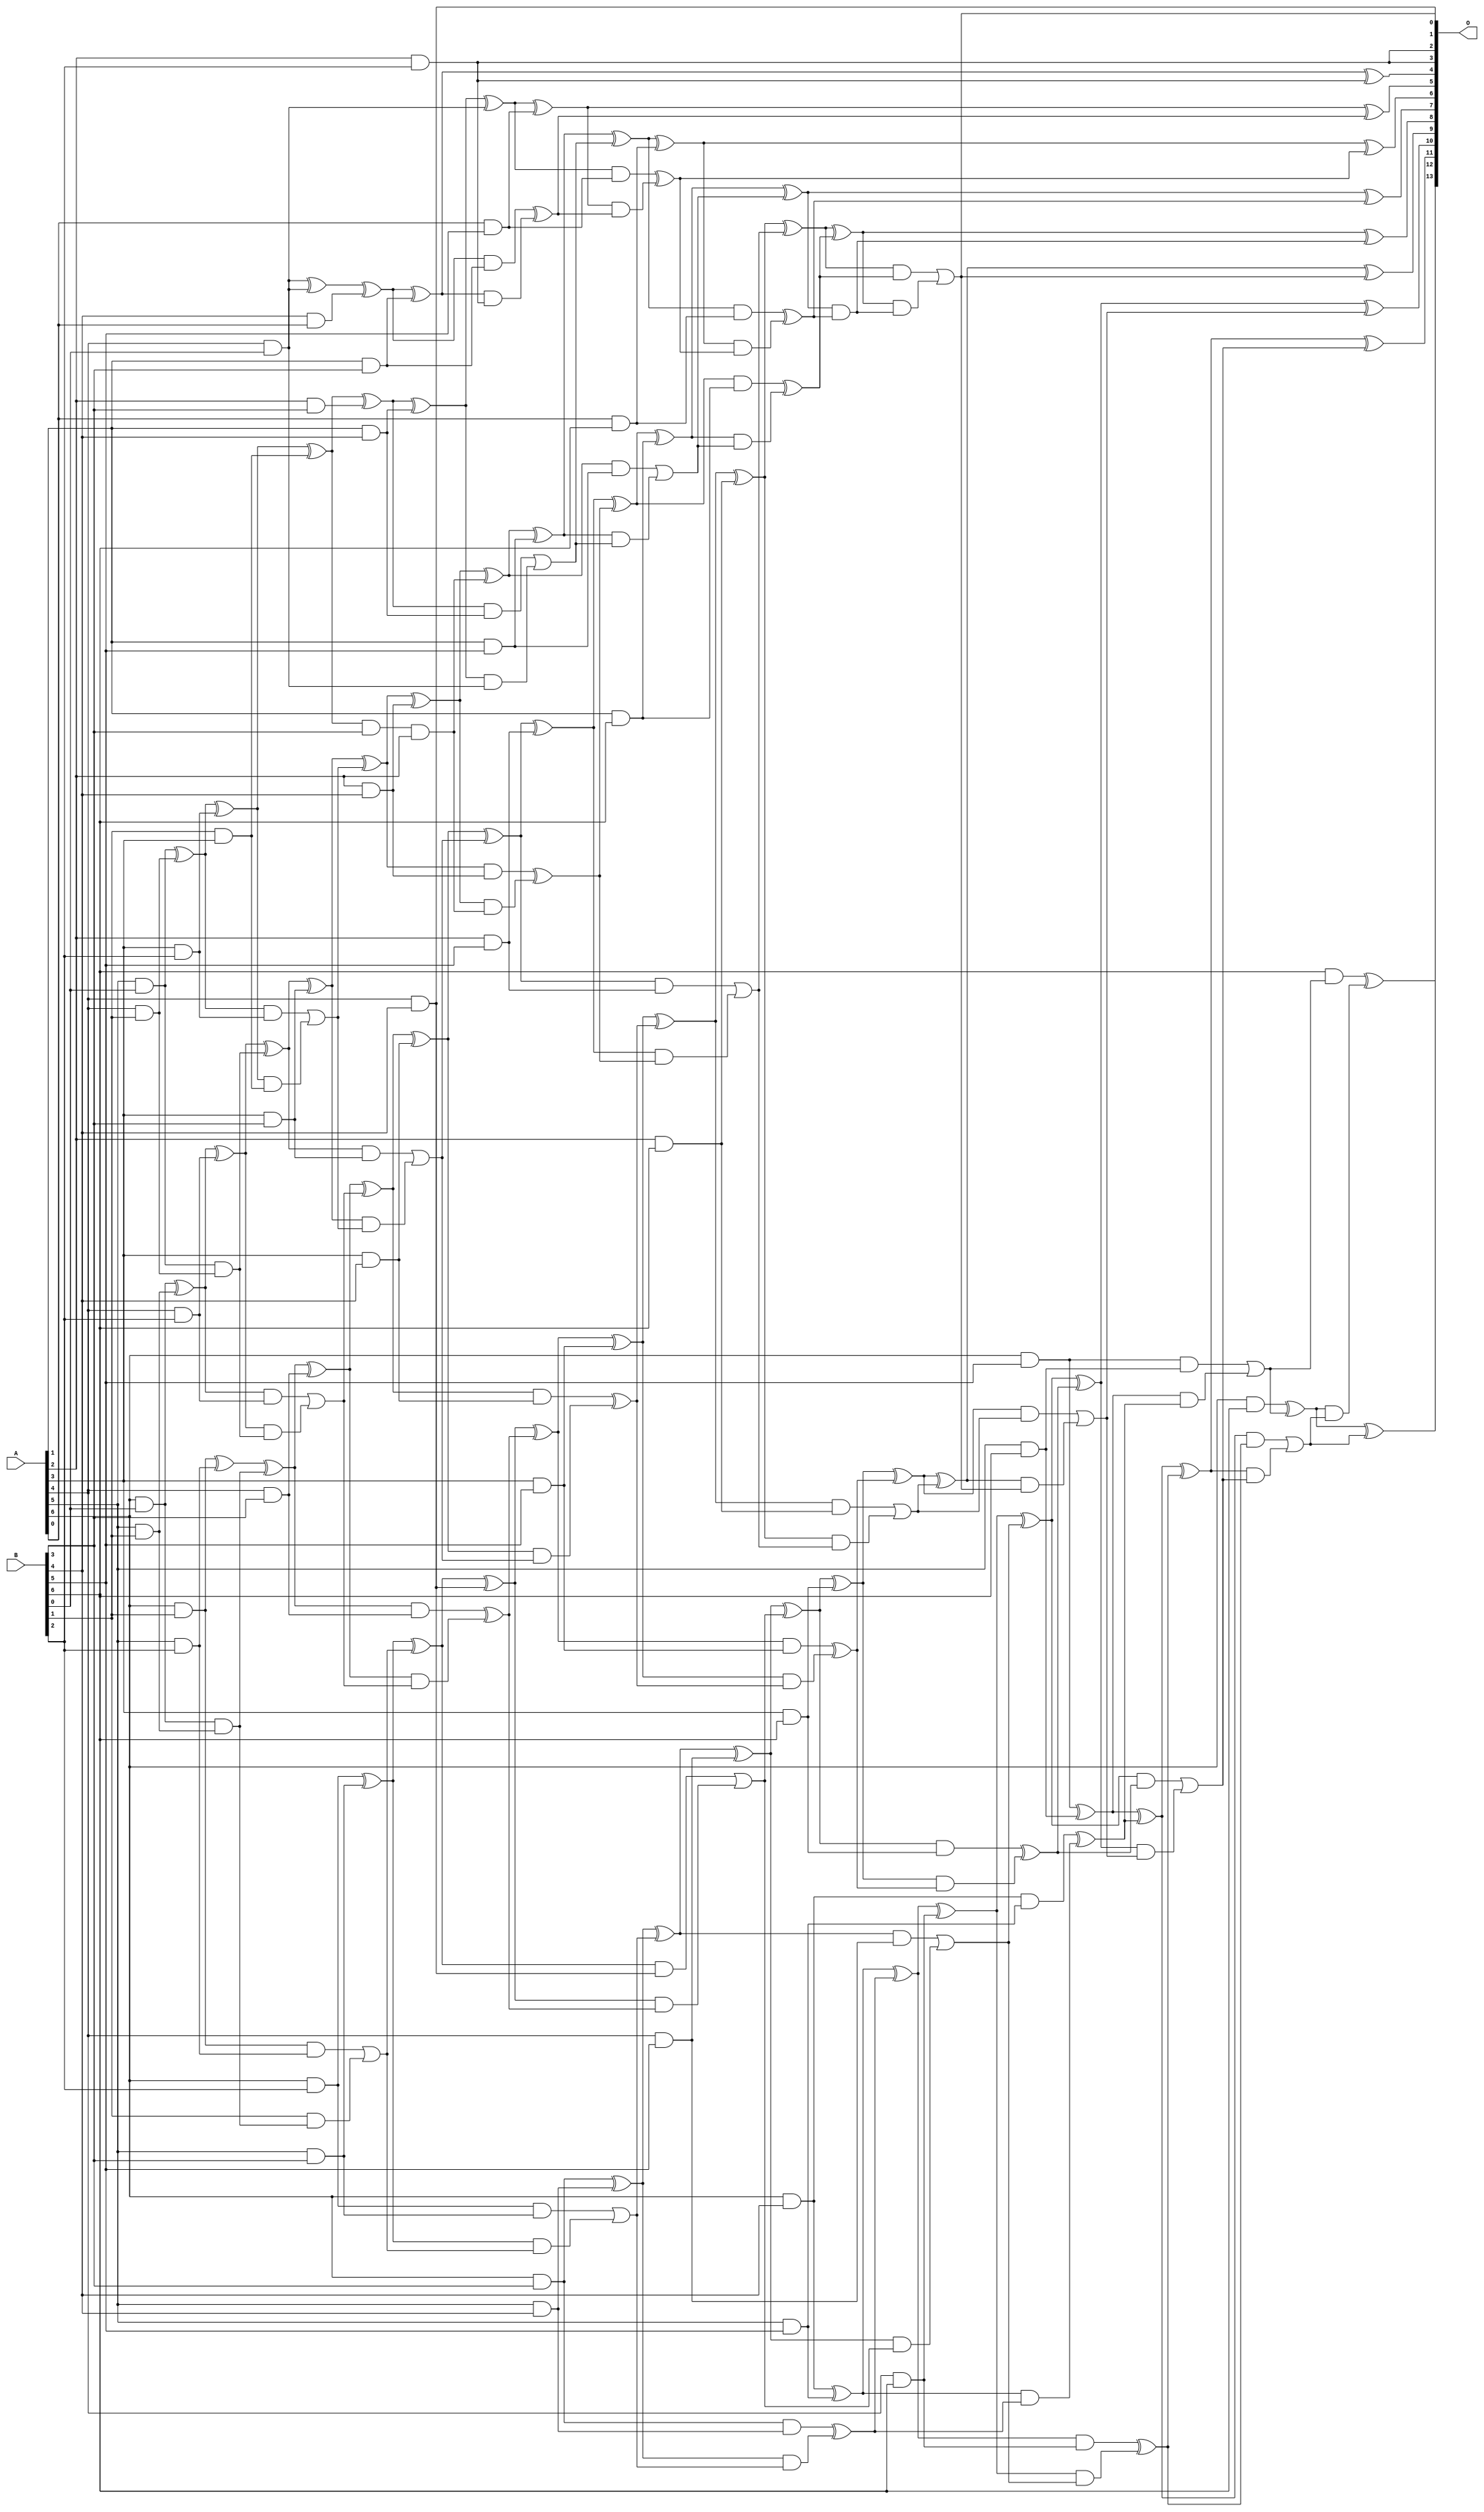
/***
* This code is a part of EvoApproxLib library (ehw.fit.vutbr.cz/approxlib) distributed under The MIT License.
* When used, please cite the following article(s): V. Mrazek, S. S. Sarwar, L. Sekanina, Z. Vasicek and K. Roy, "Design of power-efficient approximate multipliers for approximate artificial neural networks," 2016 IEEE/ACM International Conference on Computer-Aided Design (ICCAD), Austin, TX, 2016, pp. 1-7. doi: 10.1145/2966986.2967021 
* This file contains a circuit from a sub-set of pareto optimal circuits with respect to the pwr and wce parameters
***/
// MAE% = 0.051 %
// MAE = 8.4 
// WCE% = 0.19 %
// WCE = 31 
// WCRE% = 100.00 %
// EP% = 87.35 %
// MRE% = 1.44 %
// MSE = 115 
// PDK45_PWR = 0.235 mW
// PDK45_AREA = 440.2 um2
// PDK45_DELAY = 1.25 ns


module mul7u_031(A, B, O);
  input [6:0] A, B;
  output [13:0] O;
  wire [6:0] A, B;
  wire [13:0] O;
  wire sig_19, sig_20, sig_25, sig_26, sig_27, sig_35;
  wire sig_36, sig_37, sig_38, sig_39, sig_43, sig_44;
  wire sig_45, sig_46, sig_56, sig_60, sig_62, sig_63;
  wire sig_64, sig_65, sig_66, sig_67, sig_68, sig_69;
  wire sig_70, sig_71, sig_72, sig_73, sig_74, sig_75;
  wire sig_76, sig_78, sig_79, sig_80, sig_81, sig_82;
  wire sig_83, sig_89, sig_92, sig_93, sig_94, sig_95;
  wire sig_97, sig_98, sig_99, sig_100, sig_101, sig_102;
  wire sig_103, sig_104, sig_105, sig_106, sig_107, sig_108;
  wire sig_109, sig_110, sig_111, sig_112, sig_113, sig_114;
  wire sig_115, sig_116, sig_117, sig_119, sig_120, sig_121;
  wire sig_122, sig_123, sig_125, sig_126, sig_127, sig_128;
  wire sig_129, sig_130, sig_131, sig_132, sig_133, sig_134;
  wire sig_135, sig_136, sig_137, sig_138, sig_139, sig_140;
  wire sig_141, sig_142, sig_143, sig_144, sig_145, sig_146;
  wire sig_147, sig_148, sig_149, sig_150, sig_151, sig_152;
  wire sig_153, sig_154, sig_155, sig_156, sig_157, sig_158;
  wire sig_159, sig_160, sig_162, sig_163, sig_164, sig_165;
  wire sig_166, sig_167, sig_168, sig_169, sig_170, sig_171;
  wire sig_172, sig_173, sig_174, sig_175, sig_176, sig_177;
  wire sig_178, sig_179, sig_180, sig_181, sig_182, sig_183;
  wire sig_184, sig_185, sig_186, sig_187, sig_188, sig_189;
  wire sig_190, sig_191, sig_192, sig_193, sig_194, sig_195;
  wire sig_196, sig_197, sig_199, sig_200, sig_201, sig_202;
  wire sig_203, sig_204, sig_205, sig_206, sig_207, sig_208;
  wire sig_209, sig_210, sig_211, sig_212, sig_213, sig_214;
  wire sig_215, sig_216, sig_217, sig_218, sig_219, sig_220;
  wire sig_221, sig_222, sig_223, sig_224, sig_226, sig_227;
  wire sig_228, sig_229, sig_232, sig_233, sig_234, sig_236;
  wire sig_237, sig_238, sig_239, sig_241, sig_242, sig_243;
  wire sig_244, sig_246, sig_247, sig_248, sig_249;
  assign sig_19 = A[5] & B[0];
  assign sig_20 = A[6] & B[0];
  assign sig_25 = A[4] & B[1];
  assign sig_26 = A[5] & B[1];
  assign sig_27 = A[6] & B[1];
  assign sig_35 = B[1] & A[3];
  assign sig_36 = sig_19 ^ sig_25;
  assign sig_37 = sig_19 & sig_25;
  assign sig_38 = sig_20 ^ sig_26;
  assign sig_39 = sig_20 & sig_26;
  assign sig_43 = A[3] & B[2];
  assign sig_44 = A[4] & B[2];
  assign sig_45 = A[5] & B[2];
  assign sig_46 = A[6] & B[2];
  assign sig_56 = B[4] & A[0];
  assign sig_60 = A[4] & B[0];
  assign sig_62 = sig_36 ^ sig_43;
  assign sig_63 = sig_36 & sig_43;
  assign sig_64 = sig_62 & sig_35;
  assign sig_65 = sig_62 ^ sig_35;
  assign sig_66 = sig_63 | sig_64;
  assign sig_67 = sig_38 ^ sig_44;
  assign sig_68 = sig_38 & sig_44;
  assign sig_69 = sig_67 & sig_37;
  assign sig_70 = sig_67 ^ sig_37;
  assign sig_71 = sig_68 | sig_69;
  assign sig_72 = sig_27 ^ sig_45;
  assign sig_73 = sig_27 & sig_45;
  assign sig_74 = B[1] & sig_39;
  assign sig_75 = sig_72 ^ sig_39;
  assign sig_76 = sig_73 | sig_74;
  assign sig_78 = A[4] & B[0];
  assign sig_79 = A[2] & B[3];
  assign sig_80 = A[3] & B[3];
  assign sig_81 = A[4] & B[3];
  assign sig_82 = A[5] & B[3];
  assign sig_83 = A[6] & B[3];
  assign O[2] = A[2] & B[2];
  assign sig_89 = sig_60 ^ sig_78;
  assign sig_92 = sig_89 ^ sig_56;
  assign sig_93 = B[0] & A[4];
  assign sig_94 = sig_65 ^ sig_79;
  assign sig_95 = sig_65 & B[3];
  assign sig_97 = sig_94;
  assign sig_98 = sig_95 & A[2];
  assign sig_99 = sig_70 ^ sig_80;
  assign sig_100 = sig_70 & sig_80;
  assign sig_101 = sig_99 & sig_66;
  assign sig_102 = sig_99 ^ sig_66;
  assign sig_103 = sig_100 | sig_101;
  assign sig_104 = sig_75 ^ sig_81;
  assign sig_105 = sig_75 & sig_81;
  assign sig_106 = sig_104 & sig_71;
  assign sig_107 = sig_104 ^ sig_71;
  assign sig_108 = sig_105 ^ sig_106;
  assign sig_109 = sig_46 ^ sig_82;
  assign sig_110 = sig_46 & sig_82;
  assign sig_111 = sig_109 & sig_76;
  assign sig_112 = sig_109 ^ sig_76;
  assign sig_113 = sig_110 | sig_111;
  assign sig_114 = A[1] & B[3];
  assign sig_115 = A[1] & B[4];
  assign sig_116 = A[2] & B[4];
  assign sig_117 = A[3] & B[4];
  assign O[1] = A[4] & B[4];
  assign sig_119 = A[5] & B[4];
  assign sig_120 = A[6] & B[4];
  assign sig_121 = sig_92 ^ sig_114;
  assign sig_122 = sig_92 & sig_114;
  assign sig_123 = sig_121 & O[2];
  assign O[4] = sig_121 ^ O[2];
  assign sig_125 = sig_122 ^ sig_123;
  assign sig_126 = sig_97 ^ sig_115;
  assign sig_127 = sig_97 & sig_115;
  assign sig_128 = sig_126 & sig_93;
  assign sig_129 = sig_126 ^ sig_93;
  assign sig_130 = sig_127 | sig_128;
  assign sig_131 = sig_102 ^ sig_116;
  assign sig_132 = sig_102 & sig_116;
  assign sig_133 = sig_131 & sig_98;
  assign sig_134 = sig_131 ^ sig_98;
  assign sig_135 = sig_132 ^ sig_133;
  assign sig_136 = sig_107 ^ sig_117;
  assign sig_137 = sig_107 & sig_117;
  assign sig_138 = sig_136 & sig_103;
  assign sig_139 = sig_136 ^ sig_103;
  assign sig_140 = sig_137 ^ sig_138;
  assign sig_141 = sig_112 ^ O[1];
  assign sig_142 = sig_112 & O[1];
  assign sig_143 = sig_141 & sig_108;
  assign sig_144 = sig_141 ^ sig_108;
  assign sig_145 = sig_142 | sig_143;
  assign sig_146 = sig_83 ^ sig_119;
  assign sig_147 = sig_83 & sig_119;
  assign sig_148 = sig_146 & sig_113;
  assign sig_149 = sig_146 ^ sig_113;
  assign sig_150 = sig_147 ^ sig_148;
  assign sig_151 = A[0] & B[5];
  assign sig_152 = A[1] & B[5];
  assign sig_153 = A[2] & B[5];
  assign sig_154 = A[3] & B[5];
  assign sig_155 = A[4] & B[5];
  assign sig_156 = A[5] & B[5];
  assign sig_157 = A[6] & B[5];
  assign sig_158 = sig_129 ^ sig_151;
  assign sig_159 = sig_129 & sig_151;
  assign sig_160 = sig_158 & sig_125;
  assign O[5] = sig_158 ^ sig_125;
  assign sig_162 = sig_159 ^ sig_160;
  assign sig_163 = sig_134 ^ sig_152;
  assign sig_164 = sig_134 & sig_152;
  assign sig_165 = sig_163 & sig_130;
  assign sig_166 = sig_163 ^ sig_130;
  assign sig_167 = sig_164 | sig_165;
  assign sig_168 = sig_139 ^ sig_153;
  assign sig_169 = sig_139 & sig_153;
  assign sig_170 = sig_168 & sig_135;
  assign sig_171 = sig_168 ^ sig_135;
  assign sig_172 = sig_169 | sig_170;
  assign sig_173 = sig_144 ^ sig_154;
  assign sig_174 = sig_144 & sig_154;
  assign sig_175 = sig_173 & sig_140;
  assign sig_176 = sig_173 ^ sig_140;
  assign sig_177 = sig_174 ^ sig_175;
  assign sig_178 = sig_149 ^ sig_155;
  assign sig_179 = sig_149 & sig_155;
  assign sig_180 = sig_178 & sig_145;
  assign sig_181 = sig_178 ^ sig_145;
  assign sig_182 = sig_179 | sig_180;
  assign sig_183 = sig_120 ^ sig_156;
  assign sig_184 = sig_120 & sig_156;
  assign sig_185 = sig_183 & sig_150;
  assign sig_186 = sig_183 ^ sig_150;
  assign sig_187 = sig_184 ^ sig_185;
  assign sig_188 = A[0] & B[6];
  assign sig_189 = A[1] & B[6];
  assign sig_190 = A[2] & B[6];
  assign sig_191 = A[3] & B[6];
  assign sig_192 = A[4] & B[6];
  assign sig_193 = A[5] & B[6];
  assign sig_194 = A[6] & B[6];
  assign sig_195 = sig_166 ^ sig_188;
  assign sig_196 = sig_166 & sig_188;
  assign sig_197 = sig_195 & sig_162;
  assign O[6] = sig_195 ^ sig_162;
  assign sig_199 = sig_196 ^ sig_197;
  assign sig_200 = sig_171 ^ sig_189;
  assign sig_201 = sig_171 & sig_189;
  assign sig_202 = sig_200 & sig_167;
  assign sig_203 = sig_200 ^ sig_167;
  assign sig_204 = sig_201 ^ sig_202;
  assign sig_205 = sig_176 ^ sig_190;
  assign sig_206 = sig_176 & sig_190;
  assign sig_207 = sig_205 & sig_172;
  assign sig_208 = sig_205 ^ sig_172;
  assign sig_209 = sig_206 | sig_207;
  assign sig_210 = sig_181 ^ sig_191;
  assign sig_211 = sig_181 & sig_191;
  assign sig_212 = sig_210 & sig_177;
  assign sig_213 = sig_210 ^ sig_177;
  assign sig_214 = sig_211 ^ sig_212;
  assign sig_215 = sig_186 ^ sig_192;
  assign sig_216 = sig_186 & sig_192;
  assign sig_217 = sig_215 & sig_182;
  assign sig_218 = sig_215 ^ sig_182;
  assign sig_219 = sig_216 ^ sig_217;
  assign sig_220 = sig_157 ^ sig_193;
  assign sig_221 = sig_157 & sig_193;
  assign sig_222 = sig_220 & sig_187;
  assign sig_223 = sig_220 ^ sig_187;
  assign sig_224 = sig_221 | sig_222;
  assign O[7] = sig_203 ^ sig_199;
  assign sig_226 = sig_203 & sig_199;
  assign sig_227 = sig_208 ^ sig_204;
  assign sig_228 = sig_208 & sig_204;
  assign sig_229 = sig_227 & sig_226;
  assign O[8] = sig_227 ^ sig_226;
  assign O[0] = sig_228 | sig_229;
  assign sig_232 = sig_213 ^ sig_209;
  assign sig_233 = sig_213 & sig_209;
  assign sig_234 = sig_232 & O[0];
  assign O[9] = sig_232 ^ O[0];
  assign sig_236 = sig_233 | sig_234;
  assign sig_237 = sig_218 ^ sig_214;
  assign sig_238 = sig_218 & sig_214;
  assign sig_239 = sig_237 & sig_236;
  assign O[10] = sig_237 ^ sig_236;
  assign sig_241 = sig_238 | sig_239;
  assign sig_242 = sig_223 ^ sig_219;
  assign sig_243 = sig_223 & sig_219;
  assign sig_244 = sig_242 & sig_241;
  assign O[11] = sig_242 ^ sig_241;
  assign sig_246 = sig_243 | sig_244;
  assign sig_247 = sig_194 ^ sig_224;
  assign sig_248 = B[6] & sig_224;
  assign sig_249 = sig_247 & sig_246;
  assign O[12] = sig_247 ^ sig_246;
  assign O[13] = sig_248 ^ sig_249;
  assign O[3] = O[2];
endmodule